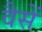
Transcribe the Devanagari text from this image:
वैसें